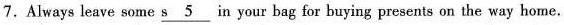
7. Always leave some \underline{s 5} in your bag for buying presents on the way home.